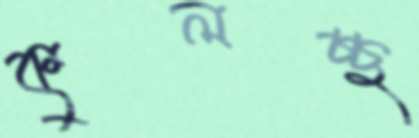
কুলচ্ছ